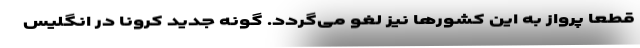
قطعاً پرواز به این کشورها نیز لغو می‌گردد. گونه جدید کرونا در انگلیس